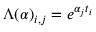
\Lambda ( \boldsymbol { \alpha } ) _ { i , j } = e ^ { \alpha _ { j } t _ { i } }